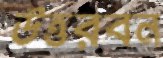
উত্তরবন